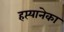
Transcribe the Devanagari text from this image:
हप्त्यानेका